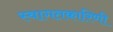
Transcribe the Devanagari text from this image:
स्वागतकारिणी